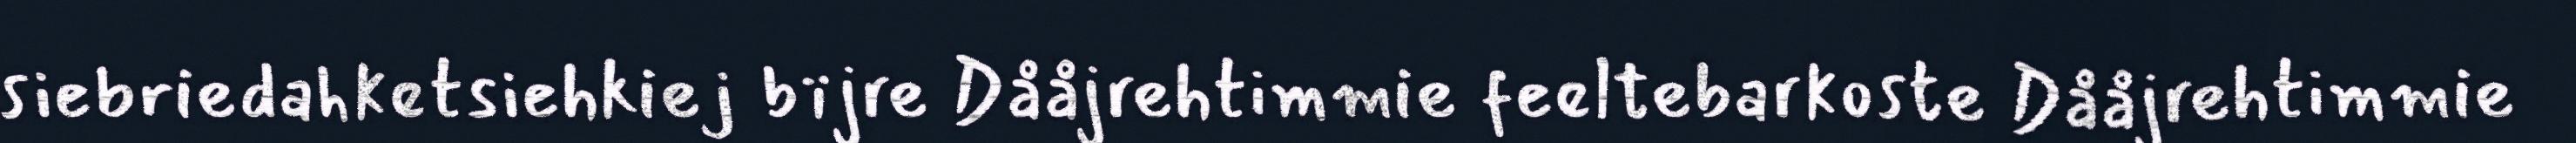
siebriedahketsiehkiej bïjre Dååjrehtimmie feeltebarkoste Dååjrehtimmie